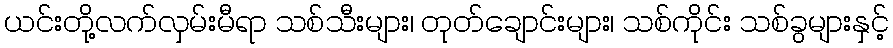
ယင်းတို့လက်လှမ်းမီရာ သစ်သီးများ၊ တုတ်ချောင်းများ၊ သစ်ကိုင်း သစ်ခွများနှင့်